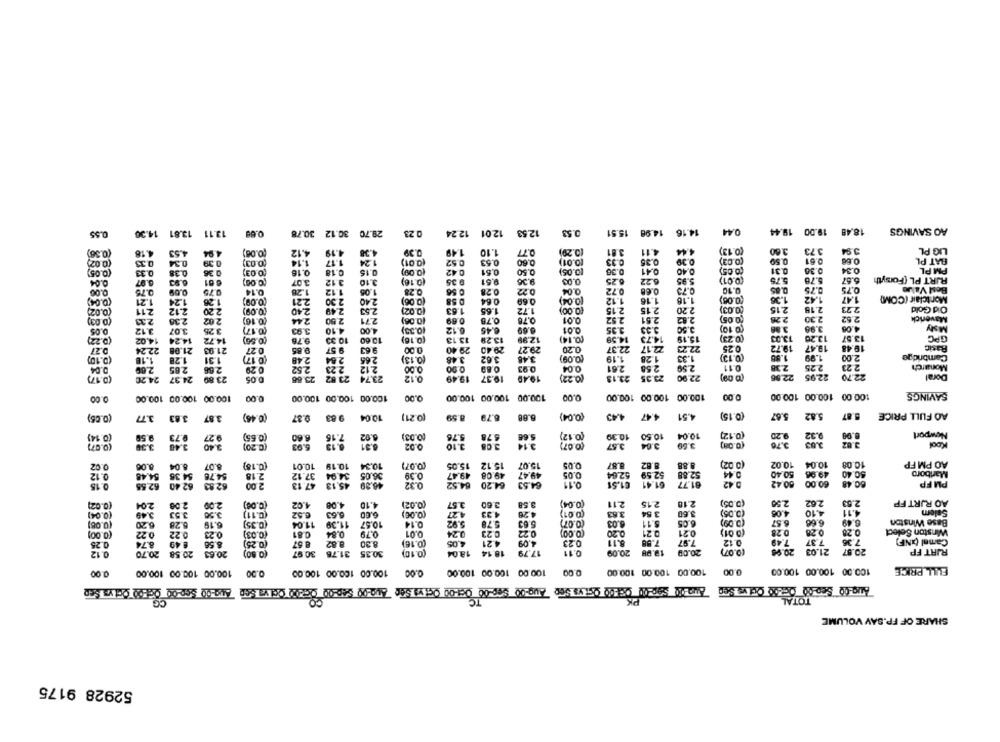
13.81 14.36
13.11
12.01 12.24
12.53
0.53
15.51
14.98
14.16
0.44
18.48 19.00 19.44
AO SAVINGS
0.55
29.70 30.12 30.78
0.23
(0.36)
4.18
4.53
4.94
(0.08)
4.12
4.19
0.39
1.49
1.10
0.77
(0.29)
3.81
4.11
4.44
(0.13)
3.60
3.73
3.94
LIG PL
(0.02)
0.34
(0.03)
1.14
1.17
1.24
(0.01)
0.53
0.60
(0.01)
0.33
0.36
0.39
(0.03)
0.50
0.61
0.60
BAT PL
0.33
0.39
0.52
(0.05)
0.33
0.38
0 36
(0 03)
0.16
0.18
0.15
(0.00)
0.42
0.61
0.50
(0.05)
0.36
0.41
0.40
(0.05)
0.31
0.30
0.34
PM PL
0.04
0.97
6.61
(0.0G)
3.07
3.12
3.10
(0.16)
0.36
2.51
9.36
0.05
6.25
6.22
5.95
(0.01)
5.75
6.70
6.67
RURT PL (Forsyth
0.00
0.75
0.14
1.28
1.12
1.05
0.28
0.56
0.28
0.22
0.04
0.72
0.68
0.85
0.75
0.75
Best Value
1.47
Montclair (COM)
(0.04)
1.21
1.24
1.26
(0.09)
2.21
2.30
2.40
(0.06)
0.58
0.64
0.69
(0.04)
1.12
1.16
1.18
(0.08)
1.36
1.42
(0.02)
2.11
2.12
2.20
(0.09)
2.40
2.49
2.53
(0.02)
1.63
1.65
1.72
(0.00)
2.15
2.15
2.20
(0.03)
2.15
2.18
2.23
Old Gold
2.33
2.38
2.02
(0.16)
2.44
2.00
2.71
(0.06)
0.69
0.78
0.78
0.01
2.92
2.51
2.82
(0.05)
2.26
2.30
2.52
Maverick
6.12
3.50
(0.10)
3.98
4.00
MMy
0.05
3.12
3.07
3.25
(0.17)
3.93
4.10
4.00
(0.33)
6.45
6.69
0.01
3.35
3.80
(0.22)
4.02
14.24
14.72
(0.56)
9.76
10.33
10.00
(0.16)
13.13
13.29
12.99
(0.14)
14.59
14.73
15.19
(0.23)
13.03
13.20
13.57
GPC
0.27
22.24
21.08
21.93
0.27
9.85
9.57
9.63
0.00
29.40
29.40
29.27
0.20
22.37
22.17
22.23
0.25
19.72
19.47
19.48
3.45
(0.09)
1.19
1.33
(0.13)
1.55
1.99
2.00
Cambridge
(0.10)
1.18
1.28
1:31
(0.17)
2.48
2.54
265
(0.13)
3.62
3.48
1.28
0.04
2.00
2.85
2.66
0.29
2.52
2.23
212
0.00
0.00
0.89
0.93
0.04
2.61
2.55
2.59
0.11.
2.38
2.25
2.23
Monarch
(0.17)
24.20
24.37
23 80
0.05
23.66
23.52
23.74
0.12
19.49
19.37
19.49
(0.22)
23.13
23.35
22.90
22.56
22.95
22.70
Doral
(eo a)
100.00 100.00 100.00
SAVINGS
0.00
100.00 100.00 100.00
0.00
100.00 100.00 100.00
0.00
100.00 100.00 100.00
0.00
100.00 100.00 100.00
0.00
(0.05)
3.77
3.83
3.87
(0.46)
9.87
9.83
10.04
(0.21)
8.59
6.79
6.88
(0.04)
4.47 4.43
4.51
(0.15)
5.67
5.82
8.87
AO FULL PRICE
(0.14)
9.59
9.73
9.27
(0.65)
6.60
6.92
(0.03)
5.76
678
5.66
(0.12)
10.39
10.50
10.04
(0.12)
9.20
9.32
8.90
Newport
(0.07)
3.39
3.40
3.40
(C.20)
6.03
0.02
3.10
3.08
3.14
(0.07)
3.57
3.64
3.69
(0.00)
3.76
Kool
0.02
0.00
8.04
8.07
(0.18)
10.01
10.19
10.34
(0.07)
15.05
15.12
15.07
0.05
8.87
8.82
8.88
(0.02)
10.02
10.04
10.08
AO PM FP
0.12
54.48
54.36
54.76
2.18
37.12
34.94
36.05
0.39
49.47
49.08
49.47
0.05
52.64
52.59
52.88
0.44
50.40
49.06
50.40
Marlboro
64.52
0.11
61.51
61.41
61.77
0.42
60.42
60.00
60.48
PM FP
0.15
62.55
62.40
62.83
2.00
47.13
45.13
48.39
0.32
64.20
64.53
(0.02)
204
2.08
2.00
(0.00)
4.02
4.08
4.10
(0.02)
3.57
3.60
3.58
(0.04)
2.11
2.15
2.18
(5.05)
2.50
262
2.53
AO RJRT FP
(0.04)
3.49
3.53
3.50
6.63
(0.00)
4.33
4.26
(0.01)
3.63
3 54
3.60
(0.06)
4.00
4.10
4.11
Salem
4.27
6.66
6.49
Base Winston
(0.06)
6.20
6.28
6.19
(0.35)
11.04
11.39
10.57
0.14
5.92
5.78
5.63
(0.07)
6.03
5.11
6.05
6.57
(0.00)
0.22
0 22
0.23
(0.03)
0.81
0.84
0.79
0.01
0.24
0.23
0.22
(0.00)
0.20
0.21
0.21
(0 01)
0.28
0.28
0.28
Winston Select
0.25
2.49
8.56
(0.25)
8.67
8.82
8.30
(0.16)
4.05
4.21
4.09
0.23
5.11
7.58
7.97
0.12
7.49
7.37
7.36
Camel (NF)
8.74
(0.07)
20.90
21.03
20.57
RIAT FP
0.12
20.70
20.58
20.63
(0.50)
30.97
30.35 31.76
(0.10)
18.14 18.04
17.79
0.11
20.09
19.98
20.09
0.00
100.00 100.00 100.00
0.00
100.00 100.00 100.00
0.00
100.00 100.00 100.00
0.00
100.00 100.00 100.00
0.00
100.00 100.00 100.00
FULL PRICE
TC
PK
TOTAL
SHARE OF FP.SAY VOLUME
52928 9175